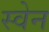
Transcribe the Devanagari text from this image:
स्‍वेन